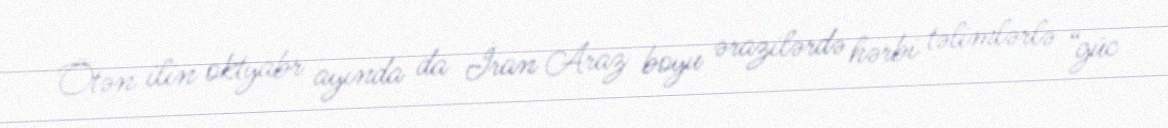
Ötən ilin oktyabr ayında da İran Araz boyu ərazilərdə hərbi təlimlərlə “güc